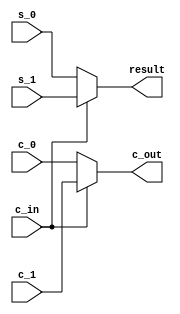
//multiplexer
module Mux_6to3(s_0, s_1, c_0, c_1, c_in, result, c_out);
	input [1:0] s_0, s_1;
	input c_0, c_1;
	input c_in;
	
	output [1:0] result;
	output c_out;
	
	assign result = c_in ? s_1 : s_0;
	assign c_out = c_in ? c_1 : c_0;

endmodule